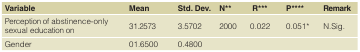
| Variable | Mean | Std.Dev. | N** | R*** | P**** | Remark |
 | --- | --- | --- | --- | --- | --- | --- |
 | Perception of abstinence-onlysexual education on | 31.2573 | 3.5702 | 2000 | 0.022 | 0.051* | N.Sig. |
 | Gender | 01.6500 | 0.4800 | <COLSPAN=4>  |